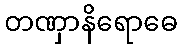
တဏှာနိရောဓေ